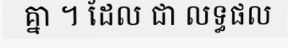
គ្នា ។ ដែល ជា លទ្ធផល